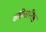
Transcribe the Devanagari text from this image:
संहितानिष्ठ